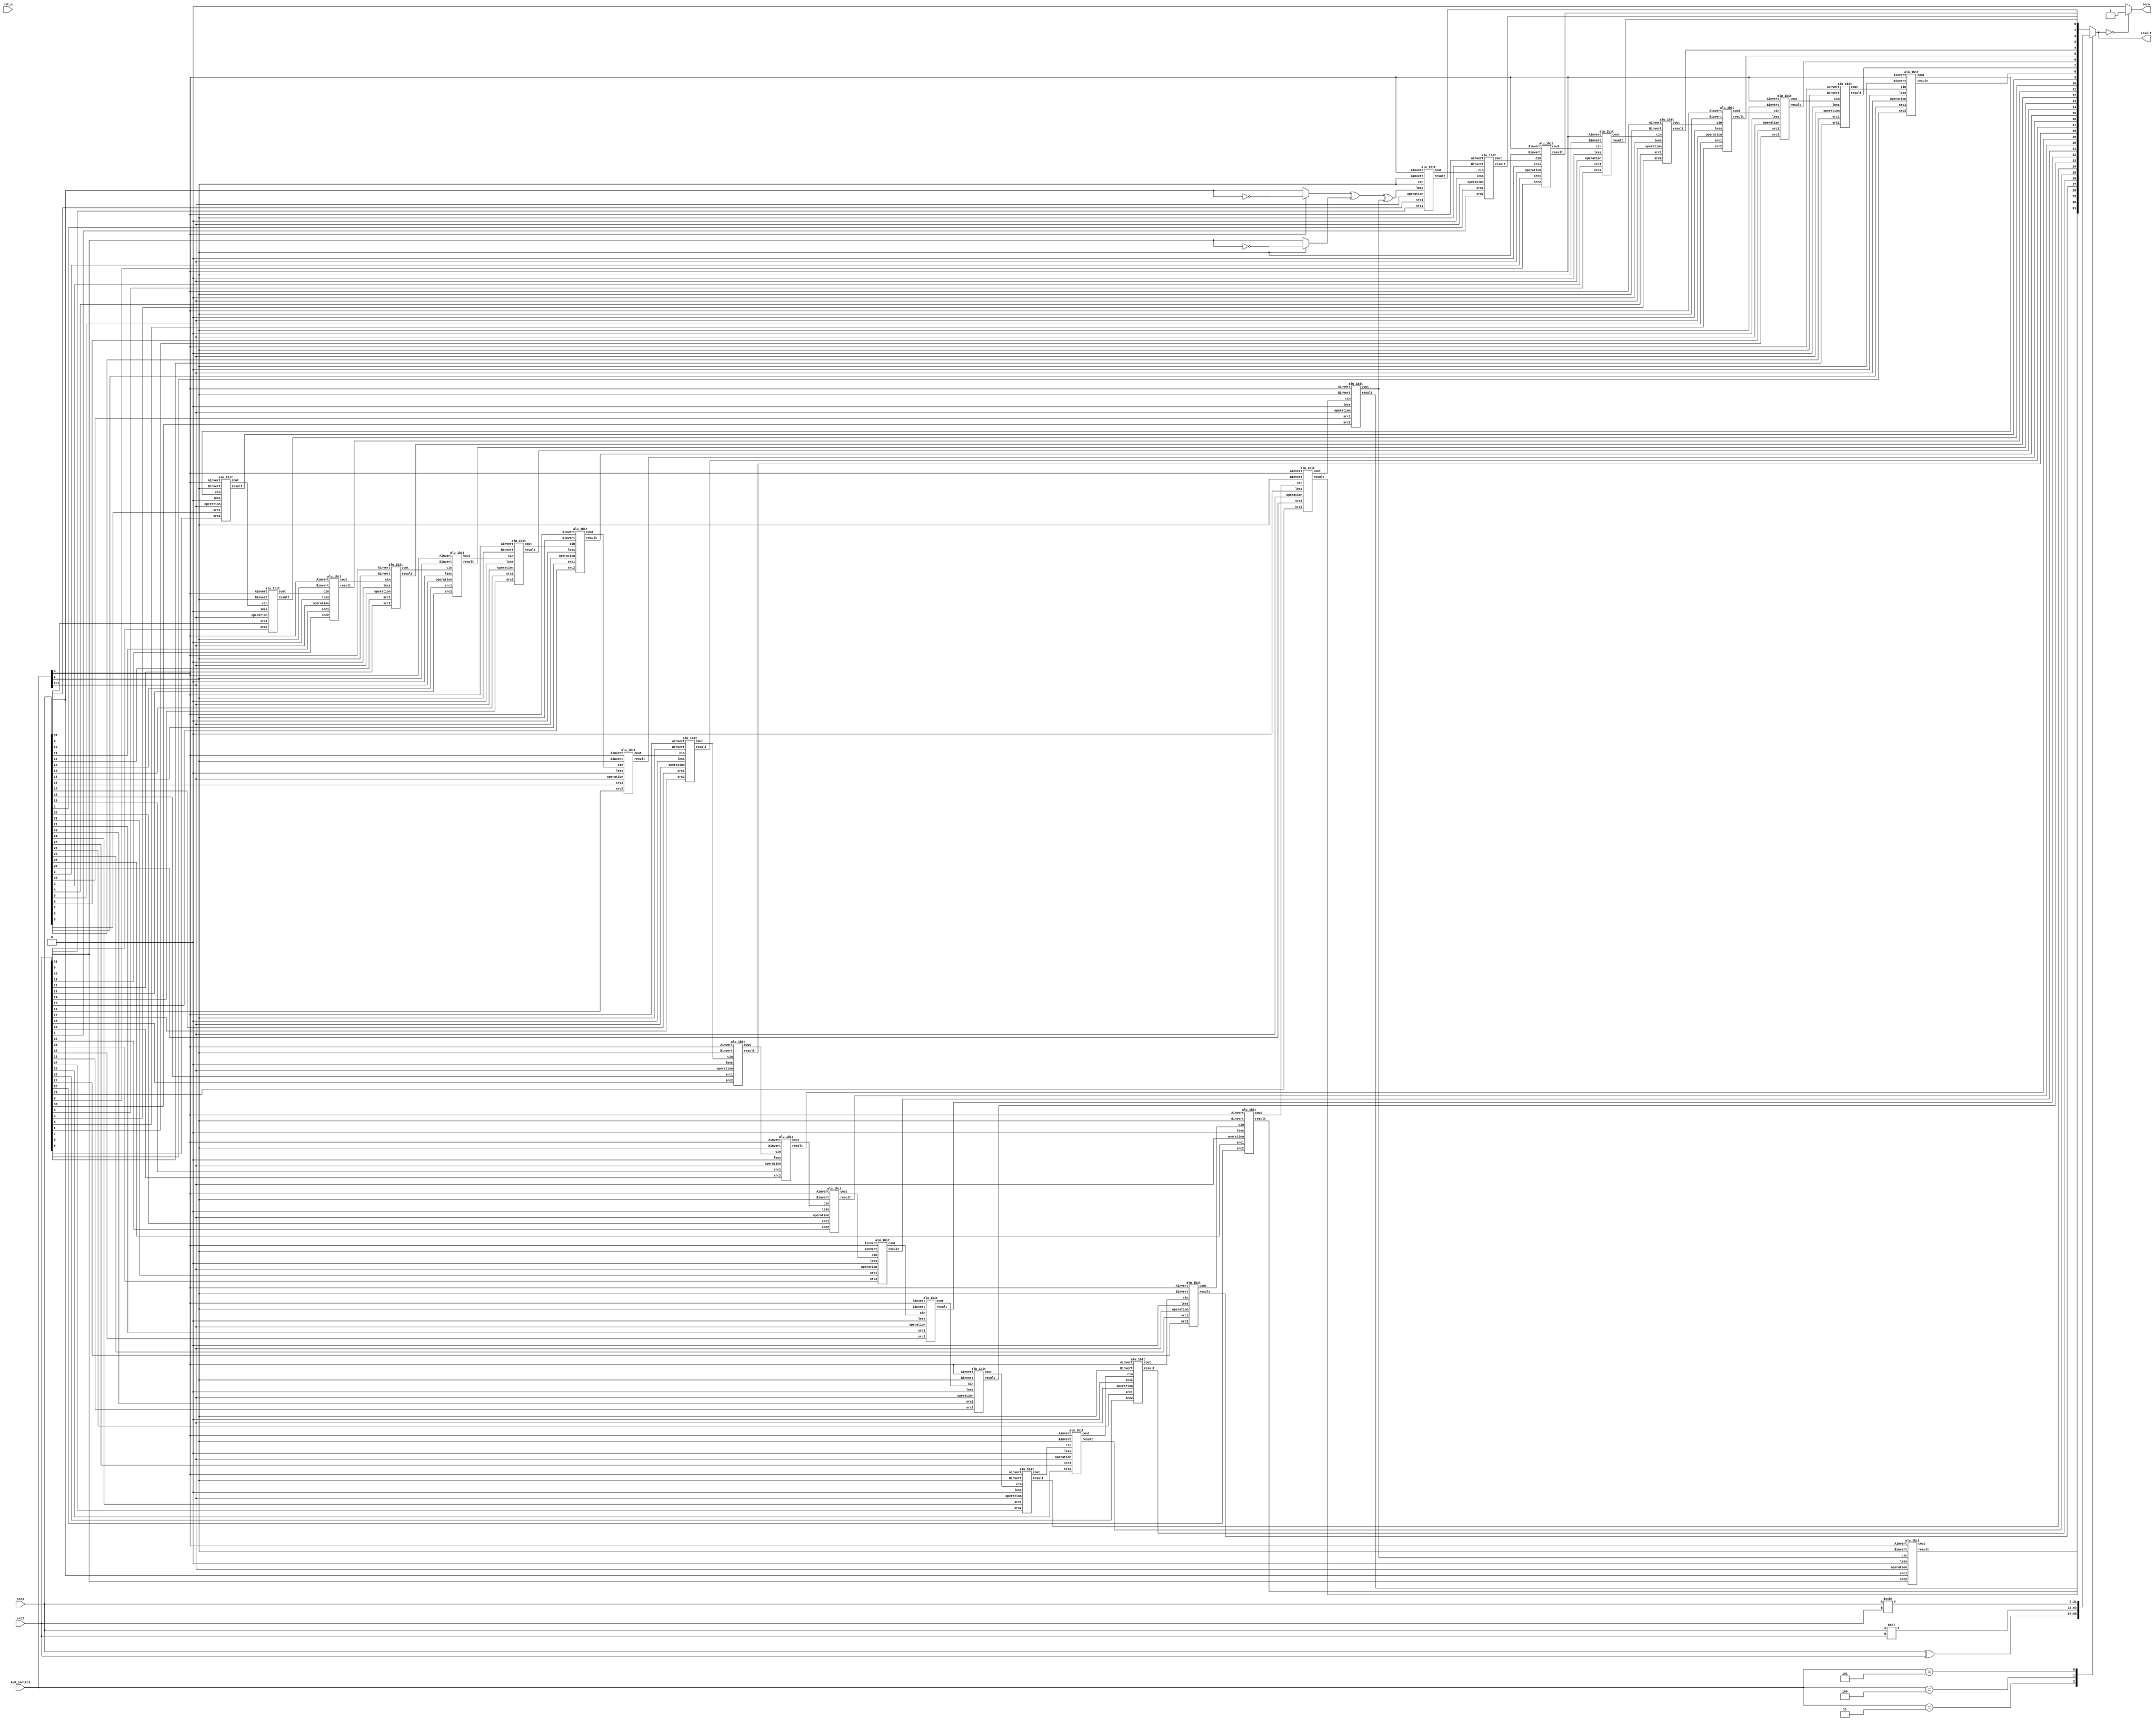
`timescale 1ns/1ps

module alu(
    input                   rst_n,         // negative reset            (input)
    input        [32-1:0]   src1,          // 32 bits source 1          (input)
    input        [32-1:0]   src2,          // 32 bits source 2          (input)
    input        [ 4-1:0]   ALU_control,   // 4 bits ALU control input  (input)
    output reg   [32-1:0]   result,        // 32 bits result            (output)
    output reg              zero         // 1 bit when the output is 0, zero must be set (output)
);

/* Write your code HERE */

wire less = 0;
wire [31:0] carry_out, res;
wire A31, B31;

assign A31 = (ALU_control[3]) ? ~src1[31] : src1[31];
assign B31 = (ALU_control[2]) ? ~src2[31] : src2[31];

alu_1bit bit0(src1[0], src2[0], A31 ^ B31 ^ carry_out[30], ALU_control[3], ALU_control[2], ALU_control[2], ALU_control[1:0], res[0], carry_out[0]);
alu_1bit bit31to1[31:1](src1[31:1], src2[31:1], less, ALU_control[3], ALU_control[2], carry_out[30:0], ALU_control[1:0], res[31:1], carry_out[31:1]);

always@ (*) begin
	
	case(ALU_control)
		4'b0011: result <= src1 ^ src2;		//xor
		4'b0100: result <= src1 << src2;	//sll
		4'b0101: result <= src1 >>> src2;	//sra
		default: result <= res;
	endcase

	if (result == 0) begin
		zero <= 1;
	end else begin
		zero <= 0;
	end
	
end
endmodule

module alu_1bit(
	input				src1,       //1 bit source 1  (input)
	input				src2,       //1 bit source 2  (input)
	input				less,       //1 bit less      (input)
	input 				Ainvert,    //1 bit A_invert  (input)
	input				Binvert,    //1 bit B_invert  (input)
	input 				cin,        //1 bit carry in  (input)
	input 	    [2-1:0] operation,  //2 bit operation (input)
	output reg          result,     //1 bit result    (output)
	output reg          cout        //1 bit carry out (output)
	);
		
wire A, B, res;

MUX2to1 A_invert(
	.src1(src1),
	.src2(~src1),
	.select(Ainvert),
	.result(A)
);
MUX2to1 B_invert(
	.src1(src2),
	.src2(~src2),
	.select(Binvert),
	.result(B)
);
MUX4to1 op(
	.src1(A & B),
	.src2(A | B),
	.src3(A ^ B ^ cin),
	.src4(less),
	.select(operation),
	.result(res)
);
always@(*) begin
	result <= res;
	cout <= (A & B) | (A & cin) | (B & cin);
end
endmodule

module MUX4to1(
	input			src1,
	input			src2,
	input			src3,
	input			src4,
	input   [2-1:0] select,
	output reg		result
	);
	
	always @(*) begin
		case(select[1:0])
			2'b00: result = src1;
			2'b01: result = src2;
			2'b10: result = src3;
			2'b11: result = src4;
		endcase
	end
endmodule

module MUX2to1(
	input      src1,
	input      src2,
	input	   select,
	output reg result
	);
	always @(*) begin
		if (select) begin
			result <= src2;
		end else begin
			result <= src1;
		end
	end
endmodule